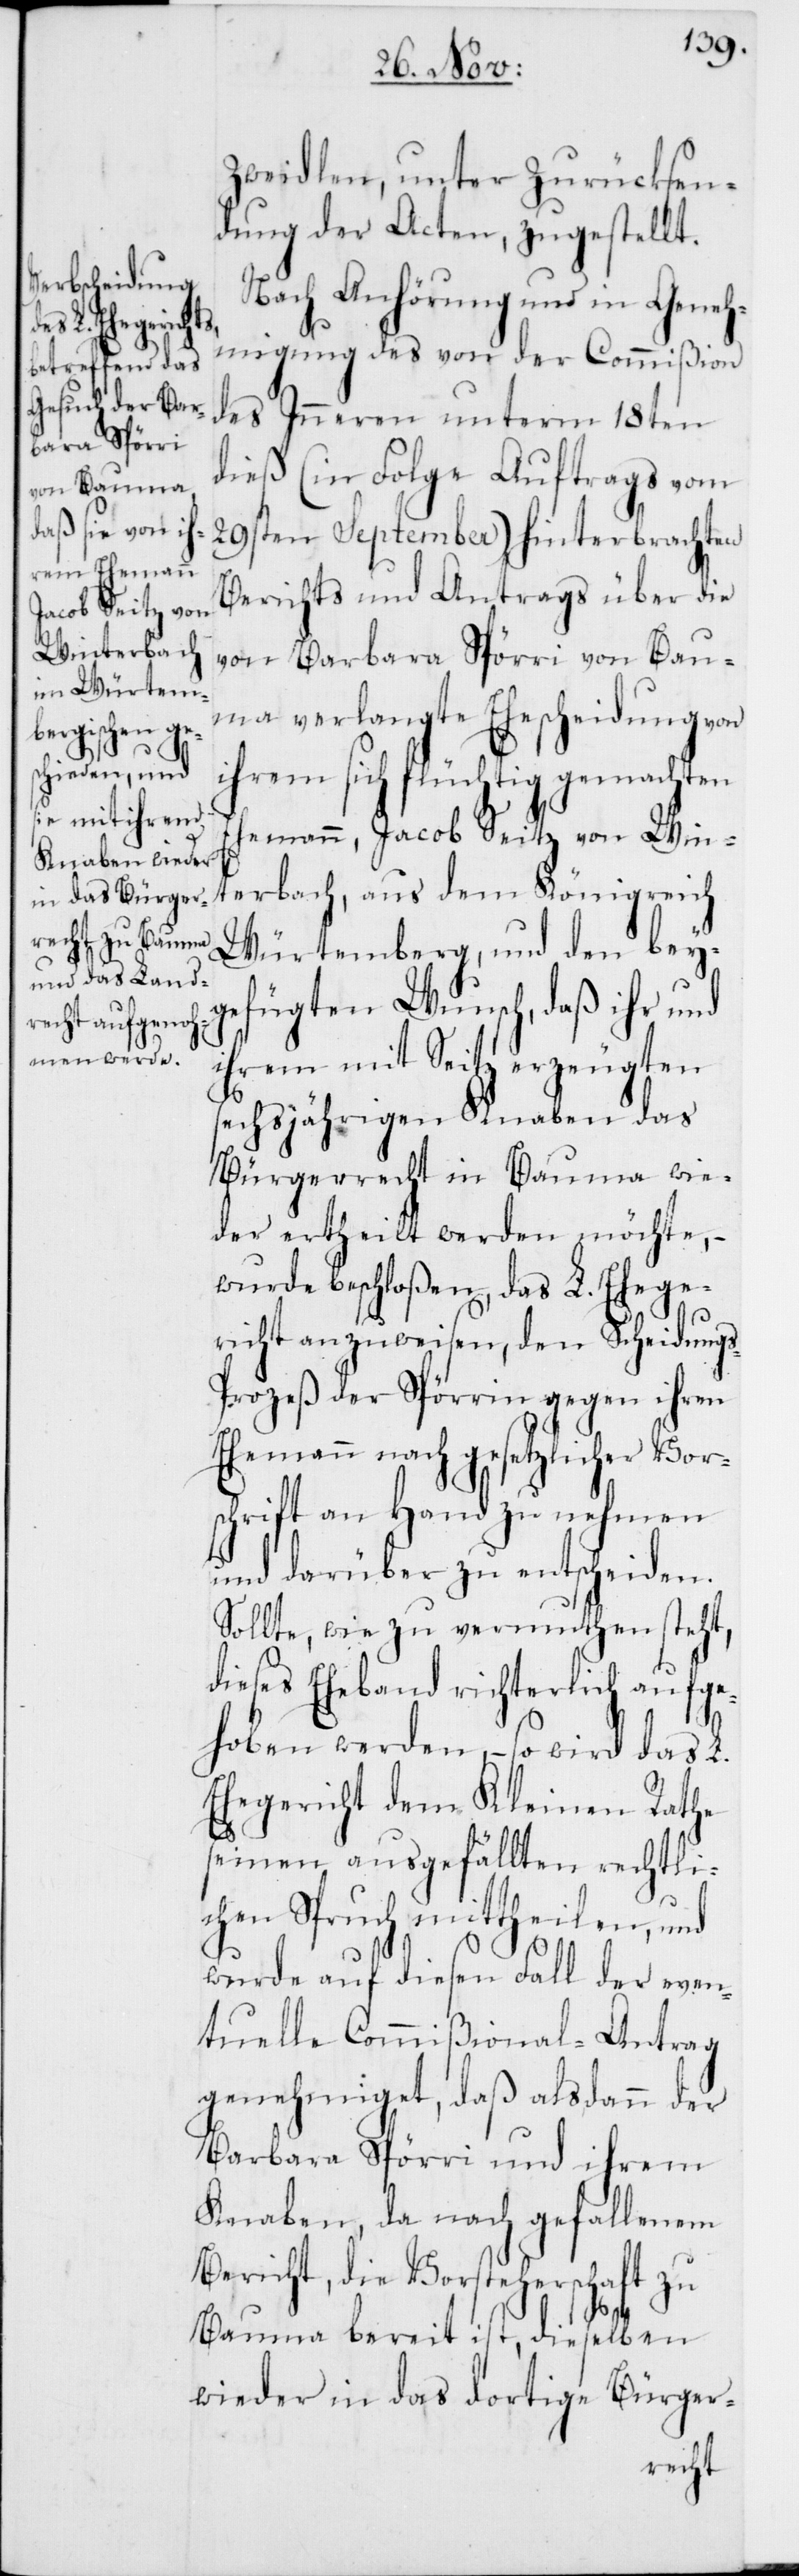
Zweidlen, unter Zurücksen¬
dung der Acten, zugestellt.
Nach Anhörung und in Geneh¬
migung des von der Commißion
des Inneren unterm 18ten
dieß (in Folge Auftrags vom
29sten September) hinterbrachten
Berichts und Antrags über die
von Barbara Spörri von Bau¬
ma verlangte Ehescheidung von
ihrem sich flüchtig gemachten
Ehemann, Jacob Seitz von Win¬
terbach, aus dem Königreich
Würtemberg, und den bey¬
gefügten Wunsch, daß ihr und
ihrem mit Seitz erzeugten
sechsjährigen Knaben das
Bürgerrecht in Bauma wie¬
der ertheilt werden möchte, –
wurde beschloßen, das L. Ehege¬
richt anzuweisen, den Scheidung¬
s-Prozeß der Spörrin gegen ihren
Ehemann nach gesetzlicher Vor¬
schrift an Hand zu nehmen
und darüber zu entscheiden.
Sollte, wie zu vermuthen steht,
dieses Eheband richterlich aufge¬
hoben werden, – so wird das L.
Ehegericht dem Kleinen Rathe
seinen ausgefällten rechtli¬
chen Spruch mittheilen, und
wurde auf diesen Fall der even¬
tuellen Commißional-Antrag
genehmiget, daß alsdann der
Barbara Spörri und ihrem
Knaben, da nach gefallenem
Bericht, die Vorsteherschaft zu
Bauma bereit ist, dieselben
wieder in das dortige Bürger-